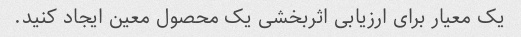
یک معیار برای ارزیابی اثربخشی یک محصول معین ایجاد کنید.